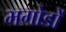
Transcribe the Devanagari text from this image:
भगोडों